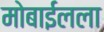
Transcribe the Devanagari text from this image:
मोबाईलला